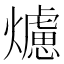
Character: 爈